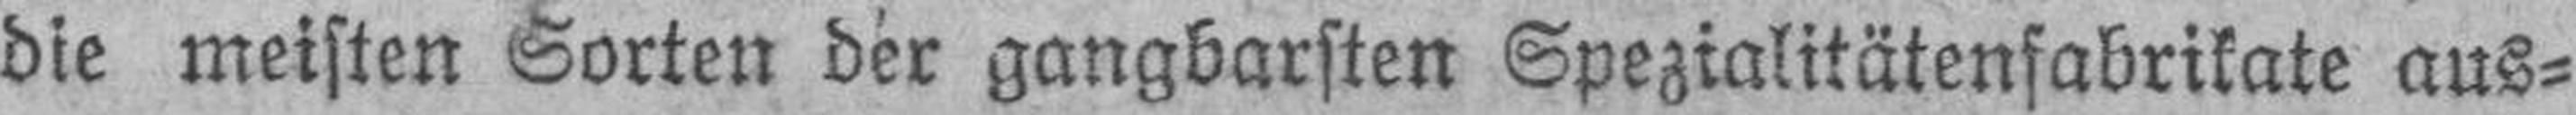
die meisten Sorten der gangbarsten Spezialitätenfabrikate aus¬